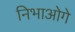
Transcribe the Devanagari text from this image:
निभाओगे